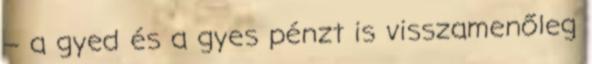
– a gyed és a gyes pénzt is visszamenőleg